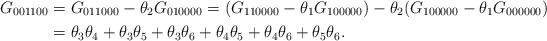
LaTeX: \begin{align*}G_{001100} &= G_{011000} - \theta_2 G_{010000} = (G_{110000} - \theta_1 G_{100000})- \theta_2 (G_{100000} - \theta_1 G_{000000})\\&= \theta_3 \theta_4 + \theta_3 \theta_5 + \theta_3 \theta_6 + \theta_4 \theta_5 + \theta_4 \theta_6 + \theta_5 \theta_6.\end{align*}